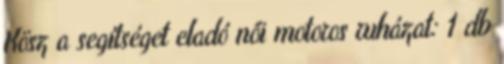
Kösz a segítséget eladó női motoros ruházat: 1 db